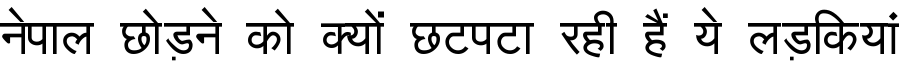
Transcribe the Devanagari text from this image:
नेपाल छोड़ने को क्यों छटपटा रही हैं ये लड़कियां